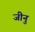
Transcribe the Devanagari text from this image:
जीनु